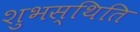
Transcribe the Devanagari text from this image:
शुभस्थिति